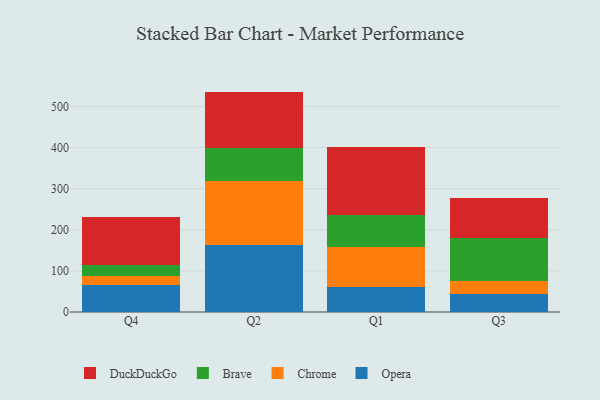
{"axis": {"x": "Quarter", "y": "Latency (ms)"}, "legend": ["Brave", "Chrome", "DuckDuckGo", "Opera"], "data": [{"x": "Q4", "y": 65.2, "type": "Opera"}, {"x": "Q4", "y": 21.6, "type": "Chrome"}, {"x": "Q4", "y": 26.4, "type": "Brave"}, {"x": "Q4", "y": 119.1, "type": "DuckDuckGo"}, {"x": "Q2", "y": 164.2, "type": "Opera"}, {"x": "Q2", "y": 154.6, "type": "Chrome"}, {"x": "Q2", "y": 79.9, "type": "Brave"}, {"x": "Q2", "y": 137.7, "type": "DuckDuckGo"}, {"x": "Q1", "y": 61.0, "type": "Opera"}, {"x": "Q1", "y": 97.2, "type": "Chrome"}, {"x": "Q1", "y": 78.6, "type": "Brave"}, {"x": "Q1", "y": 165.7, "type": "DuckDuckGo"}, {"x": "Q3", "y": 44.9, "type": "Opera"}, {"x": "Q3", "y": 31.3, "type": "Chrome"}, {"x": "Q3", "y": 103.4, "type": "Brave"}, {"x": "Q3", "y": 97.7, "type": "DuckDuckGo"}]}